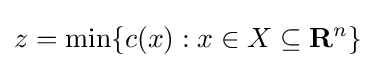
z=\min\{c(x):x\in X\subseteq \mathbf {R} ^{n}\}